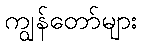
ကျွန်တော်များ